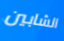
الشابين